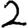
Digit: 2